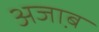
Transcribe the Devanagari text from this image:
अजा़ब